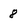
Character: 8